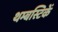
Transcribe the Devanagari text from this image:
थम्बस्टिकें